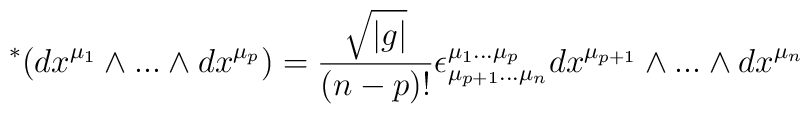
\ ^*(dx^{\mu_1} \wedge ... \wedge dx^{\mu_p} ) =\frac{\sqrt{|g|}}{(n-p)!} \epsilon^{\mu_1...\mu_p}_{\mu_{p+1}...\mu_n} dx^{\mu_{p+1}}\wedge ... \wedge dx^{\mu_n}